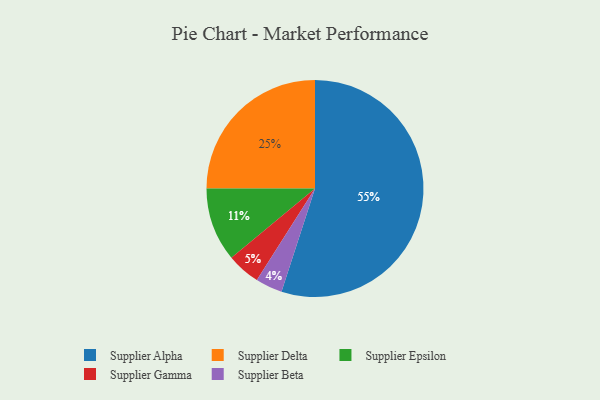
{"axis": {"x": "Category", "y": "Percentage"}, "legend": ["Supplier Alpha", "Supplier Beta", "Supplier Delta", "Supplier Epsilon", "Supplier Gamma"], "data": [{"x": "Supplier Delta", "y": 25, "type": "Supplier Delta"}, {"x": "Supplier Epsilon", "y": 11, "type": "Supplier Epsilon"}, {"x": "Supplier Beta", "y": 4, "type": "Supplier Beta"}, {"x": "Supplier Gamma", "y": 5, "type": "Supplier Gamma"}, {"x": "Supplier Alpha", "y": 55, "type": "Supplier Alpha"}]}